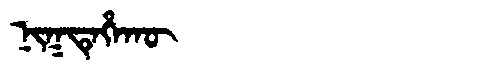
Manchu: ᠨᡳᡴᡨᡝᡥᠠᡴᡡ
Romanization: NIKTEHAKŪ